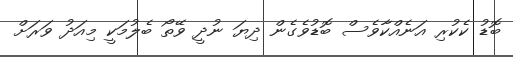
ބޮޑު ކެކުރި އަނެއްކާވެސް ބޮޑުވެގެން ދިޔަ ނުދީ ވޭތޯ ބެލުމަކީ މިއަދު ވަރަށް